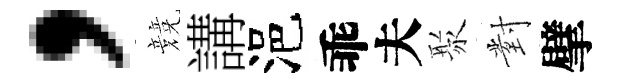
，競講浥乖夫聚對擘